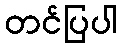
တင်ပြပါ